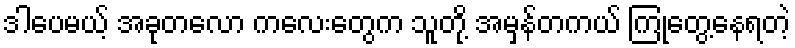
ဒါပေမယ့် အခုတလော ကလေးတွေက သူတို့ အမှန်တကယ် ကြုံတွေ့နေရတဲ့